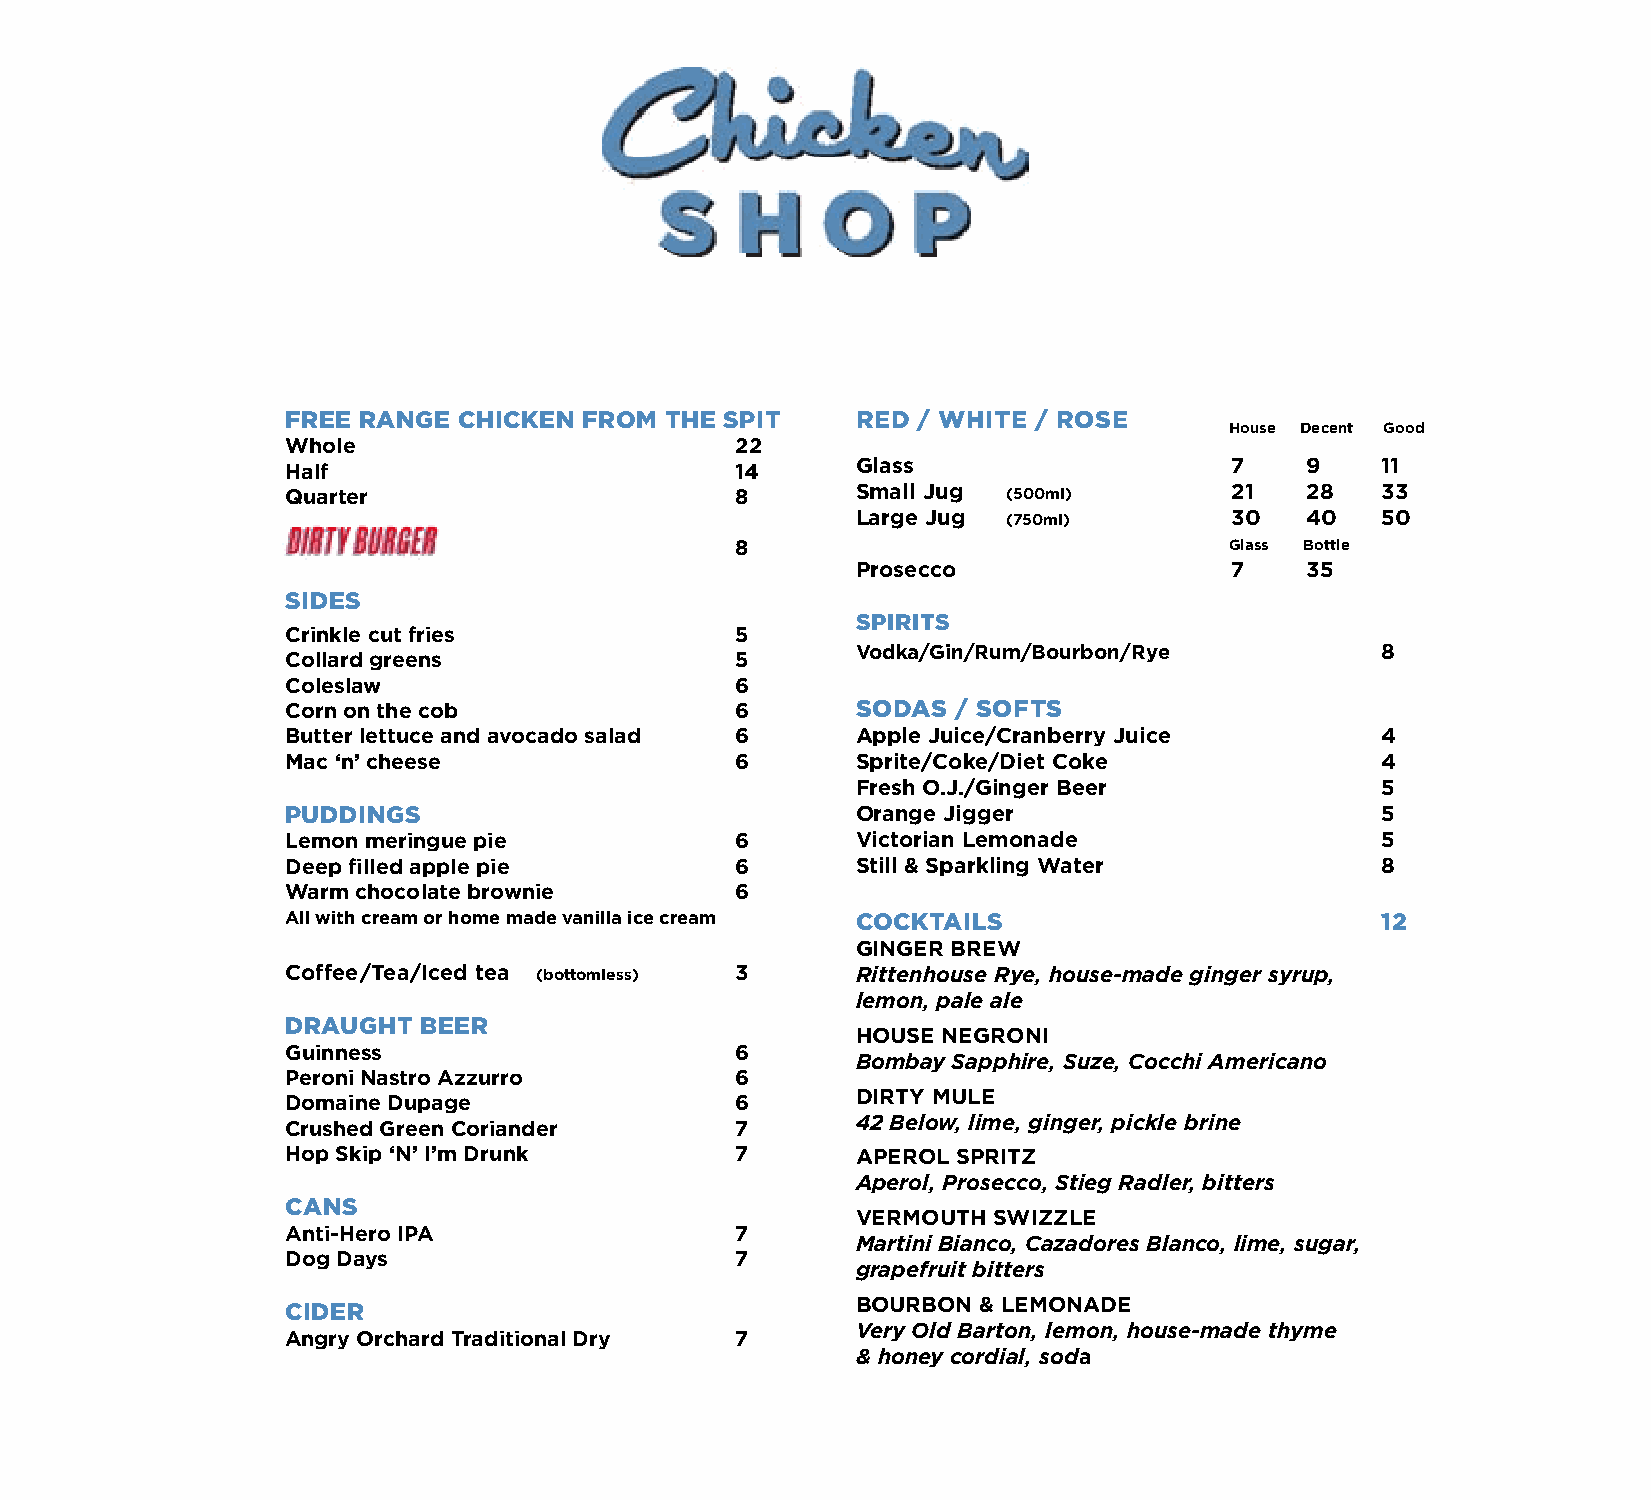
FREE RANGE CHICKEN  FROM THE SPIT     RED / WHITE / ROSE
 House Decent Good
 Whole                         22
 Half                          14      Glass                   7    9    11
 Quarter                       8       Small Jug (500ml)       21   28   33
 Large Jug (750ml)       30   40   50
 8                               Glass Bottle
 Prosecco                7    35
 SIDES
 SPIRITS
 Crinkle cut fries             5
 Vodka/Gin/Rum/Bourbon/Rye         8
 Collard greens                5
 Coleslaw                      6
 Corn on the cob               6       SODAS / SOFTS
 Butter lettuce and avocado salad 6    Apple Juice/Cranberry Juice       4
 Mac ‘n’ cheese                6       Sprite/Coke/Diet Coke             4
 Fresh O.J./Ginger Beer            5
 PUDDINGS                              Orange Jigger                     5
 Lemon meringue pie            6       Victorian Lemonade                5
 Deep filled apple pie         6       Still & Sparkling Water           8
 Warm chocolate brownie        6
 All with cream or home made vanilla ice cream COCKTAILS                 12
 GINGER BREW
 Coffee /Tea/Iced tea (bottomless) 3   Rittenhouse Rye, house-made ginger syrup,
 lemon, pale ale
 DRAUGHT  BEER
 HOUSE NEGRONI
 Guinness                      6
 Bombay Sapphire, Suze, Cocchi Americano
 Peroni Nastro Azzurro         6
 DIRTY MULE
 Domaine Dupage                6
 Crushed Green Coriander       7       42 Below, lime, ginger, pickle brine
 Hop Skip ‘N’ I’m Drunk        7       APEROL SPRITZ
 Aperol, Prosecco, Stieg Radler, bitters
 CANS
 VERMOUTH SWIZZLE
 Anti-Hero IPA                 7
 Martini Bianco, Cazadores Blanco, lime, sugar,
 Dog Days                      7
 grapefruit bitters
 CIDER                                 BOURBON & LEMONADE
 Very Old Barton, lemon, house-made thyme
 Angry Orchard Traditional Dry 7
 & honey cordial, soda